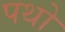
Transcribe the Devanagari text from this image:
पथो